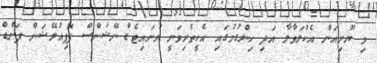
މި ޔޫނިއަން އެކުލަވާލާ އަދި ހިންގުމުގައި އެހީތެރިވަނީ ޔުނައިޓެޑް ނޭޝަންސް ޕޮޕިއުލޭޝަން ފަންޑް